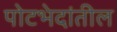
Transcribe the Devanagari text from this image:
पोटभेदांतील